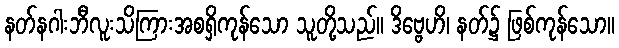
နတ်နဂါးဘီလူးသိကြားအစရှိကုန်သော သူတို့သည်။ ဒိဗ္ဗေဟိ၊ နတ်၌ ဖြစ်ကုန်သော။